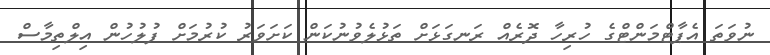
ނުވަތަ އެޕާޓްމަންޓްގެ ހުރިހާ ދޮރެއް ރަނގަޅަށް ތަޅުލެވުނުކަން ކަށަވަރު ކުރުމަށް ފުލުހުން އިލްތިމާސް